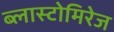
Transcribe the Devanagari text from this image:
ब्लास्टोमिरेज